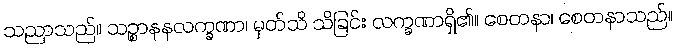
သညာသည်။ သဉ္စာနနလက္ခဏာ၊ မှတ်သိ သိခြင်း လက္ခဏာရှိ၏။ စေတနာ၊ စေတနာသည်။